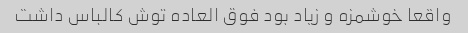
واقعا خوشمزه و زیاد بود فوق العاده توش کالباس داشت